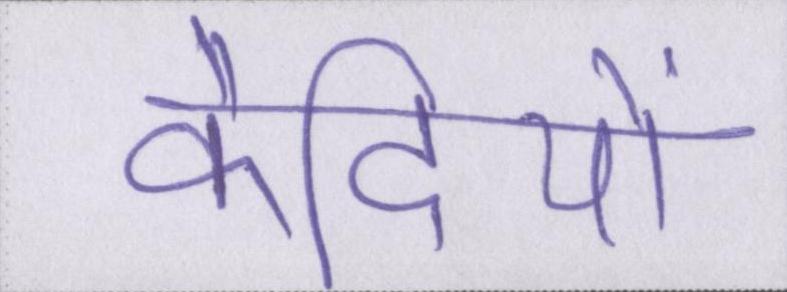
कैदियों